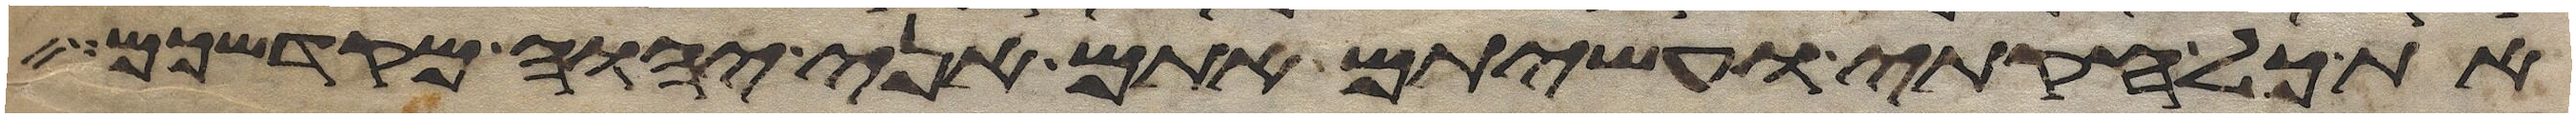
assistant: את כל חקותי ועשיתם אתם אני יהוה מקדשכם